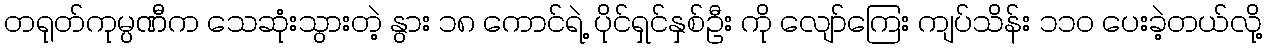
တရုတ်ကုမ္ပဏီက သေဆုံးသွားတဲ့ နွား ၁၈ ကောင်ရဲ့ ပိုင်ရှင်နှစ်ဦး ကို လျော်ကြေး ကျပ်သိန်း ၁၁ဝ ပေးခဲ့တယ်လို့